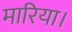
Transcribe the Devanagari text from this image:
मारिया।